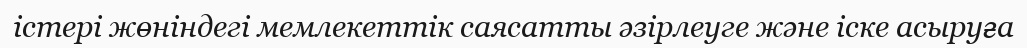
істері жөніндегі мемлекеттік саясатты әзірлеуге және іске асыруға